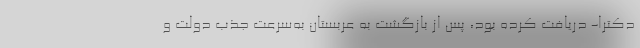
دکترا- دریافت کرده بود، پس از بازگشت به عربستان به‌سرعت جذب دولت و